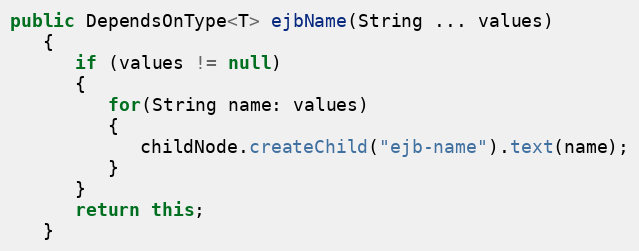
Language: Java
public DependsOnType<T> ejbName(String ... values)
   {
      if (values != null)
      {
         for(String name: values)
         {
            childNode.createChild("ejb-name").text(name);
         }
      }
      return this;
   }